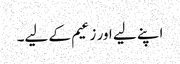
اپنے لیے اور زعیم کے لیے۔